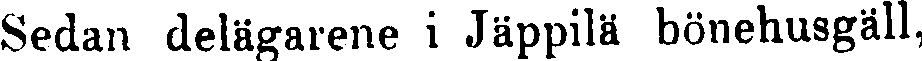
Sedan delägarene i Jäppilä bönehusgäll,